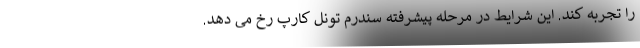
را تجربه کند. این شرایط در مرحله پیشرفته سندرم تونل کارپ رخ می دهد.